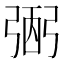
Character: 弻